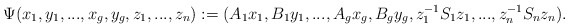
\begin{align*}\Psi(x_1, y_1,...,x_{g}, y_{g}, z_1,...,z_n):=(A_1 x_1, B_1 y_1 , ..., A_g x_g, B_g y_g, z_1^{-1} S_1 z_1,..., z_{n}^{-1} S_n z_n).\end{align*}